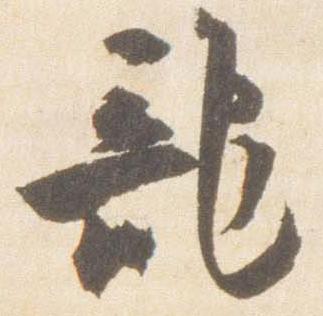
龍